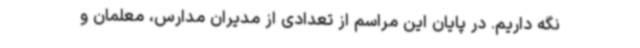
نگه داریم. در پایان این مراسم از تعدادی از مدیران مدارس، معلمان و